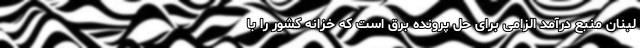
لبنان منبع درآمد الزامی برای حل پرونده برق است که خزانه کشور را با